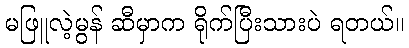
မဖြူလဲ့မွန် ဆီမှာက ရိုက်ပြီးသားပဲ ရတယ်။